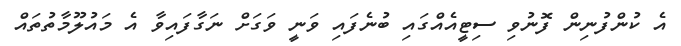
އެ ކުންފުނިން ފޮނުވި ސިޓީއެއްގައި ބުނެފައި ވަނީ ވަގަށް ނަގާފައިވާ އެ މައުލޫމާތުތައް